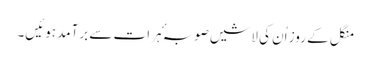
منگل کے روز اُن کی لاشیں صوبہٴ ہرات سے برآمد ہوئیں۔